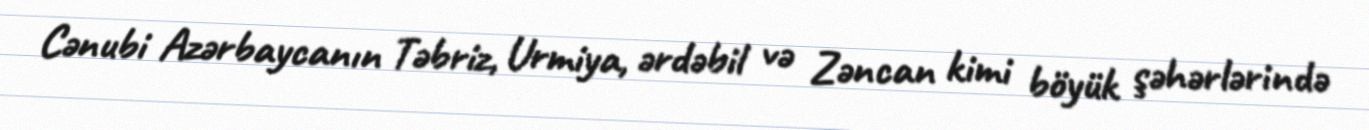
Cənubi Azərbaycanın Təbriz, Urmiya, ərdəbil və Zəncan kimi böyük şəhərlərində